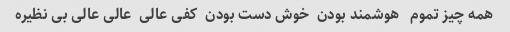
همه چیز تموم   هوشمند بودن  خوش دست بودن  کفی عالی  عالی عالی بی نظیره